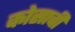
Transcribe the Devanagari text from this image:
कोसाची